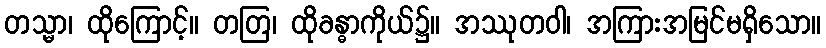
တသ္မာ၊ ထိုကြောင့်။ တတြ၊ ထိုခန္ဓာကိုယ်၌။ အဿုတဝါ၊ အကြားအမြင်မရှိသော။